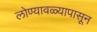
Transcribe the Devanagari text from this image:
लोण्यावळ्यापासून